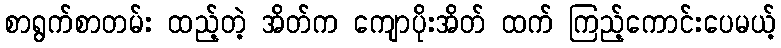
စာရွက်စာတမ်း ထည့်တဲ့ အိတ်က ကျောပိုးအိတ် ထက် ကြည့်ကောင်းပေမယ့်